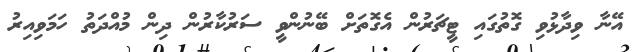
އޭނާ ވިދާޅުވި ގޮތުގައި ޓީޗަރުން އެގޮތަށް ބޭނުންވީ ސަރުކާރުން ދިން މުއްދަތު ހަމަވިއިރު